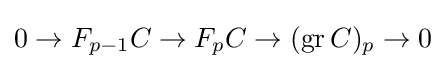
0\to F_{p-1}C\to F_{p}C\to (\operatorname {gr} C)_{p}\to 0